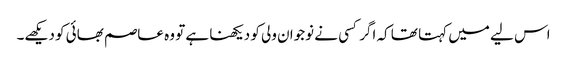
اس لیے میں کہتا تھا کہ اگر کسی نے نوجوان ولی کو دیکھنا ہے تو وہ عاصم بھائی کو دیکھے۔